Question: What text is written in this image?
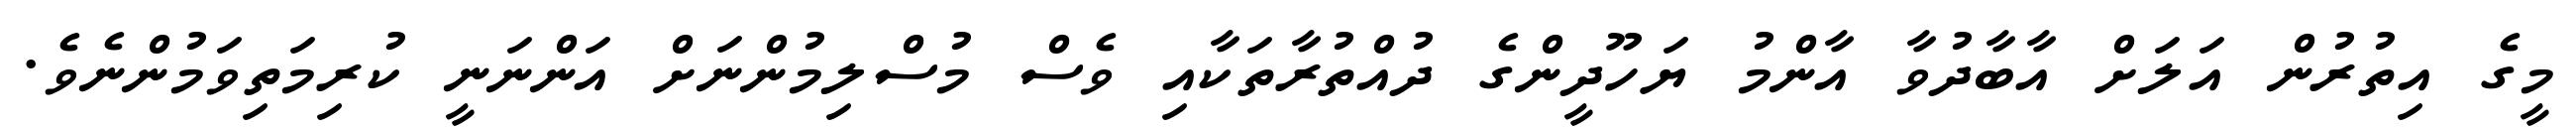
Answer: މީގެ އިތުރުން އަލަށް އާބާދުވާ އާންމު ޔަހޫދީންގެ ދުއްތުރާތަކާއި ވެސް މުސްލިމުންނަށް އަންނަނީ ކުރިމަތިވަމުންނެވެ.